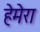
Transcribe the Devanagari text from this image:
हेमेरा